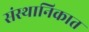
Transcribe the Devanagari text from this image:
संस्थानिकात